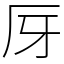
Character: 厊